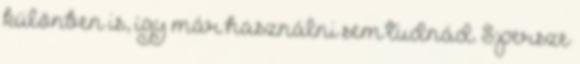
különben is, így már használni sem tudnád. S persze